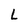
Character: L